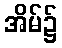
အိမ်၌